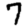
Digit: 7